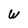
Character: W